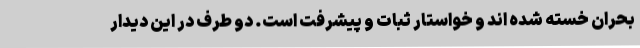
بحران خسته شده اند و خواستار ثبات و پیشرفت است. دو طرف در این دیدار